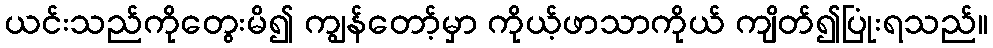
ယင်းသည်ကိုတွေးမိ၍ ကျွန်တော့်မှာ ကိုယ့်ဖာသာကိုယ် ကျိတ်၍ပြုံးရသည်။